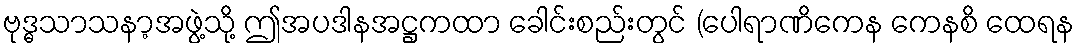
ဗုဒ္ဓသာသနာ့အဖွဲ့သို့ ဤအပဒါနအဋ္ဌကထာ ခေါင်းစည်းတွင် (ပေါရာဏိကေန ကေနစိ ထေရန